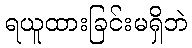
ရယူထားခြင်းမရှိဘဲ